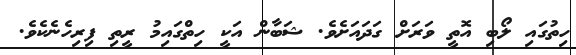
ހިތުގައި ލޯބި އޮތީ ވަރަށް ގަދައަށެވެ. ޝަބާން އަކީ ހިތްގައިމު ރީތި ފިރިހެނެކެވެ.